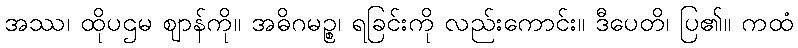
အဿ၊ ထိုပဌမ ဈာန်ကို။ အဓိဂမဉ္စ၊ ရခြင်းကို လည်းကောင်း။ ဒီပေတိ၊ ပြ၏။ ကထံ